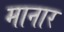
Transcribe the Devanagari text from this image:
मानार